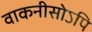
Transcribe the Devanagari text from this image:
वाकनीसोऽपि